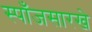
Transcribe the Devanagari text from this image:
स्पाँजसारखे